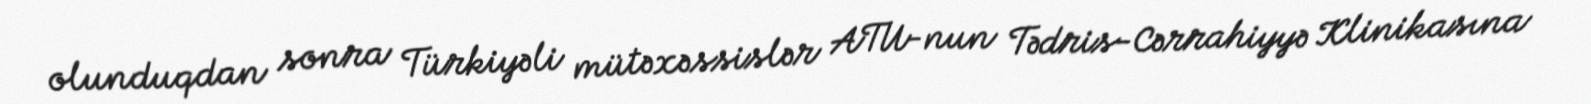
olunduqdan sonra Türkiyəli mütəxəssislər ATU-nun Tədris-Cərrahiyyə Klinikasına